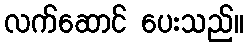
လက်ဆောင် ပေးသည်။